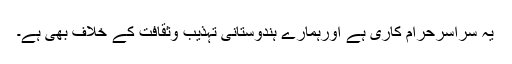
یہ سراسرحرام کاری ہے اورہمارے ہندوستانی تہذیب وثقافت کے خلاف بھی ہے۔